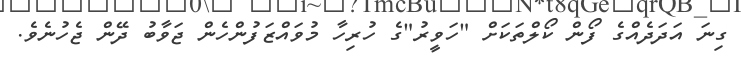
ގިނަ އަދަދެއްގެ ފޯން ކޯލްތަކަށް "ހަވީރު"ގެ ހުރިހާ މުވައްޒަފުންހެން ޖަވާބު ދޭން ޖެހުނެވެ.